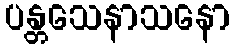
ပန္တသေနာသနော